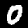
Label: 0